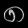
Digit: ၈